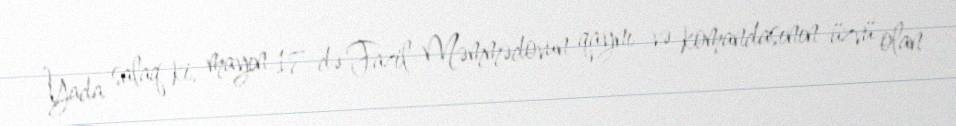
Yada salaq ki, mayın 17-də Fazil Məmmədovun qaynı və komandasının üzvü olan